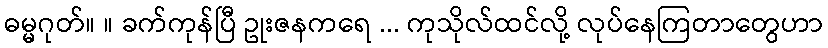
ဓမ္မဂုတ်။ ။ ခက်ကုန်ပြီ ဥုးဇနကရေ ... ကုသိုလ်ထင်လို့ လုပ်နေကြတာတွေဟာ